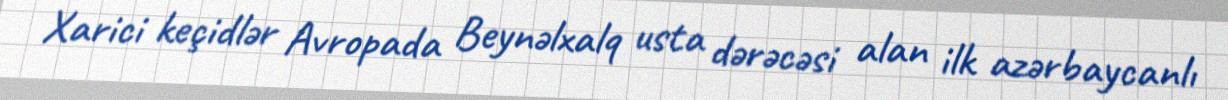
Xarici keçidlər Avropada Beynəlxalq usta dərəcəsi alan ilk azərbaycanlı